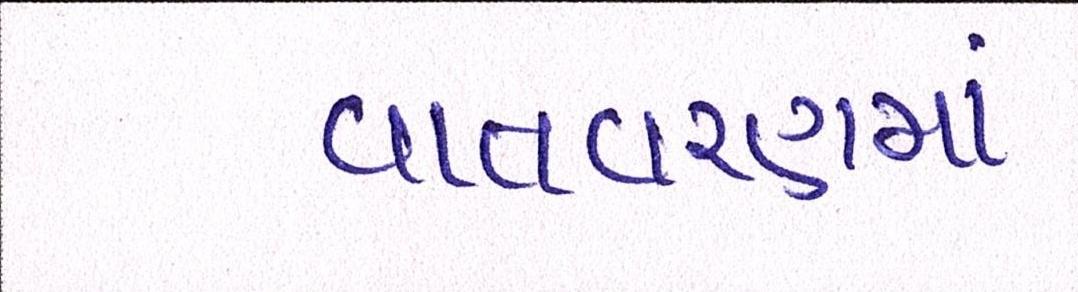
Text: વાતવરણમાં